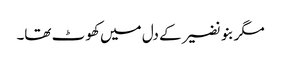
مگر بنو نضیر کے دل میں کھو ٹ تھا۔